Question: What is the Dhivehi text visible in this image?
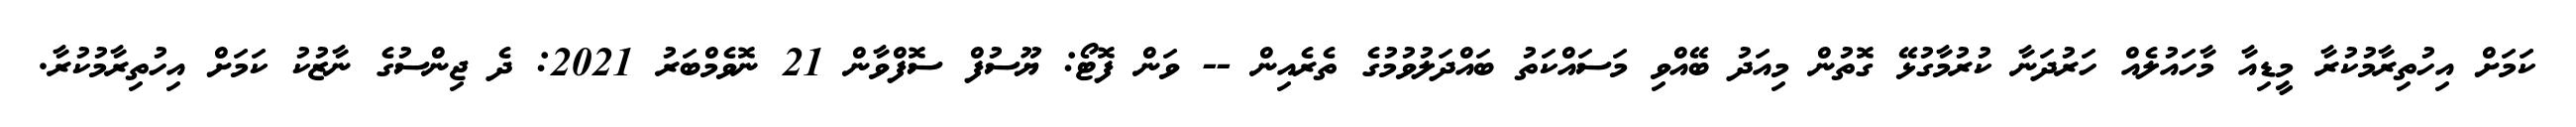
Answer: ކަމަށް އިހުތިރާމުކުރާ މީޑިއާ މާހައުލެއް ހަރުދަނާ ކުރުމާގުޅޭ ގޮތުން މިއަދު ބޭއްވި މަސައްކަތު ބައްދަލުވުމުގެ ތެރެއިން -- ވަން ފޮޓޯ: ޔޫސުފް ސޮފްވާން 21 ނޮވެމްބަރު 2021: ދެ ޖިންސުގެ ނާޒުކު ކަމަށް އިހުތިރާމުކުރާ.